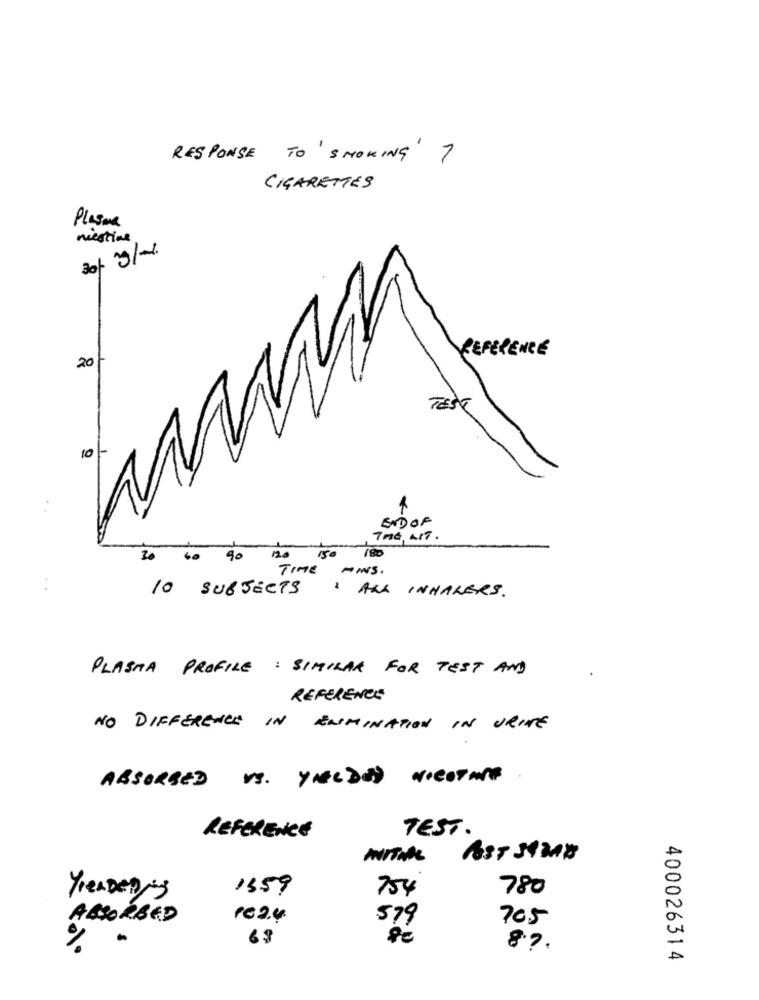
RESPONSE TO SMOKING' ?
CIGARETTES
Plasma
mestive
REFERENCE
20
TESE
ENDOF
7H6, 417.
90
120
150
TIME
-INS .
10 SUBJECTS
: ALL INHALERS .
PLASMA PROFILE : SIMILAR FOR TEST AND
REFERENCE
NO DIFFERENCE IN ENMINATION IN URINE
ABSORBED VS. YELDED NICOTINE
REFERENCE
TEST.
YrenDeDing
1359
754
780
ABSORBED
PE2.4
579
705
63
8.7.
400026314